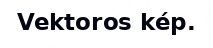
Vektoros kép.